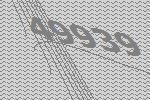
49939